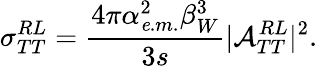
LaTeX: \sigma_{TT}^{RL}=\frac{4\pi\alpha_{\mathit e.m.}^{2}\beta_{W}^{3}}{3s}\vert{\cal A}_{TT}^{RL}\vert^{2}.